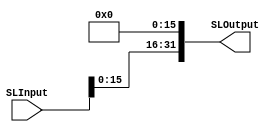
`timescale 1ns / 1ps
//////////////////////////////////////////////////////////////////////////////////
// Company: 
// Engineer: 
// 
// Design Name: 
// Module Name: ShiftLeft16
// Project Name: 
// Target Devices: 
// Tool Versions: 
// Description: 
// 
// Dependencies: 
// 
// Revision:
// Revision 0.01 - File Created
// Additional Comments:
// 
//////////////////////////////////////////////////////////////////////////////////


module ShiftLeft16(SLInput, SLOutput);
    input [31:0] SLInput;
    output [31:0] SLOutput;
    
    assign SLOutput = SLInput << 16; 
endmodule